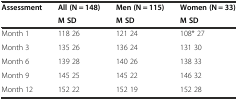
<table><thead><tr><td rowspan="2"><b>Assessment</b></td><td><b>All (N = 148)</b></td><td><b>Men (N = 115)</b></td><td><b>Women (N = 33)</b></td></tr><tr><td><b>M SD</b></td><td><b>M SD</b></td><td><b>M SD</b></td></tr></thead><tbody><tr><td>Month 1</td><td>118 26</td><td>121 24</td><td>108* 27</td></tr><tr><td>Month 3</td><td>135 26</td><td>136 24</td><td>131 30</td></tr><tr><td>Month 6</td><td>139 28</td><td>140 26</td><td>138 33</td></tr><tr><td>Month 9</td><td>145 25</td><td>145 22</td><td>146 32</td></tr><tr><td>Month 12</td><td>152 22</td><td>152 19</td><td>152 28</td></tr></tbody></table>